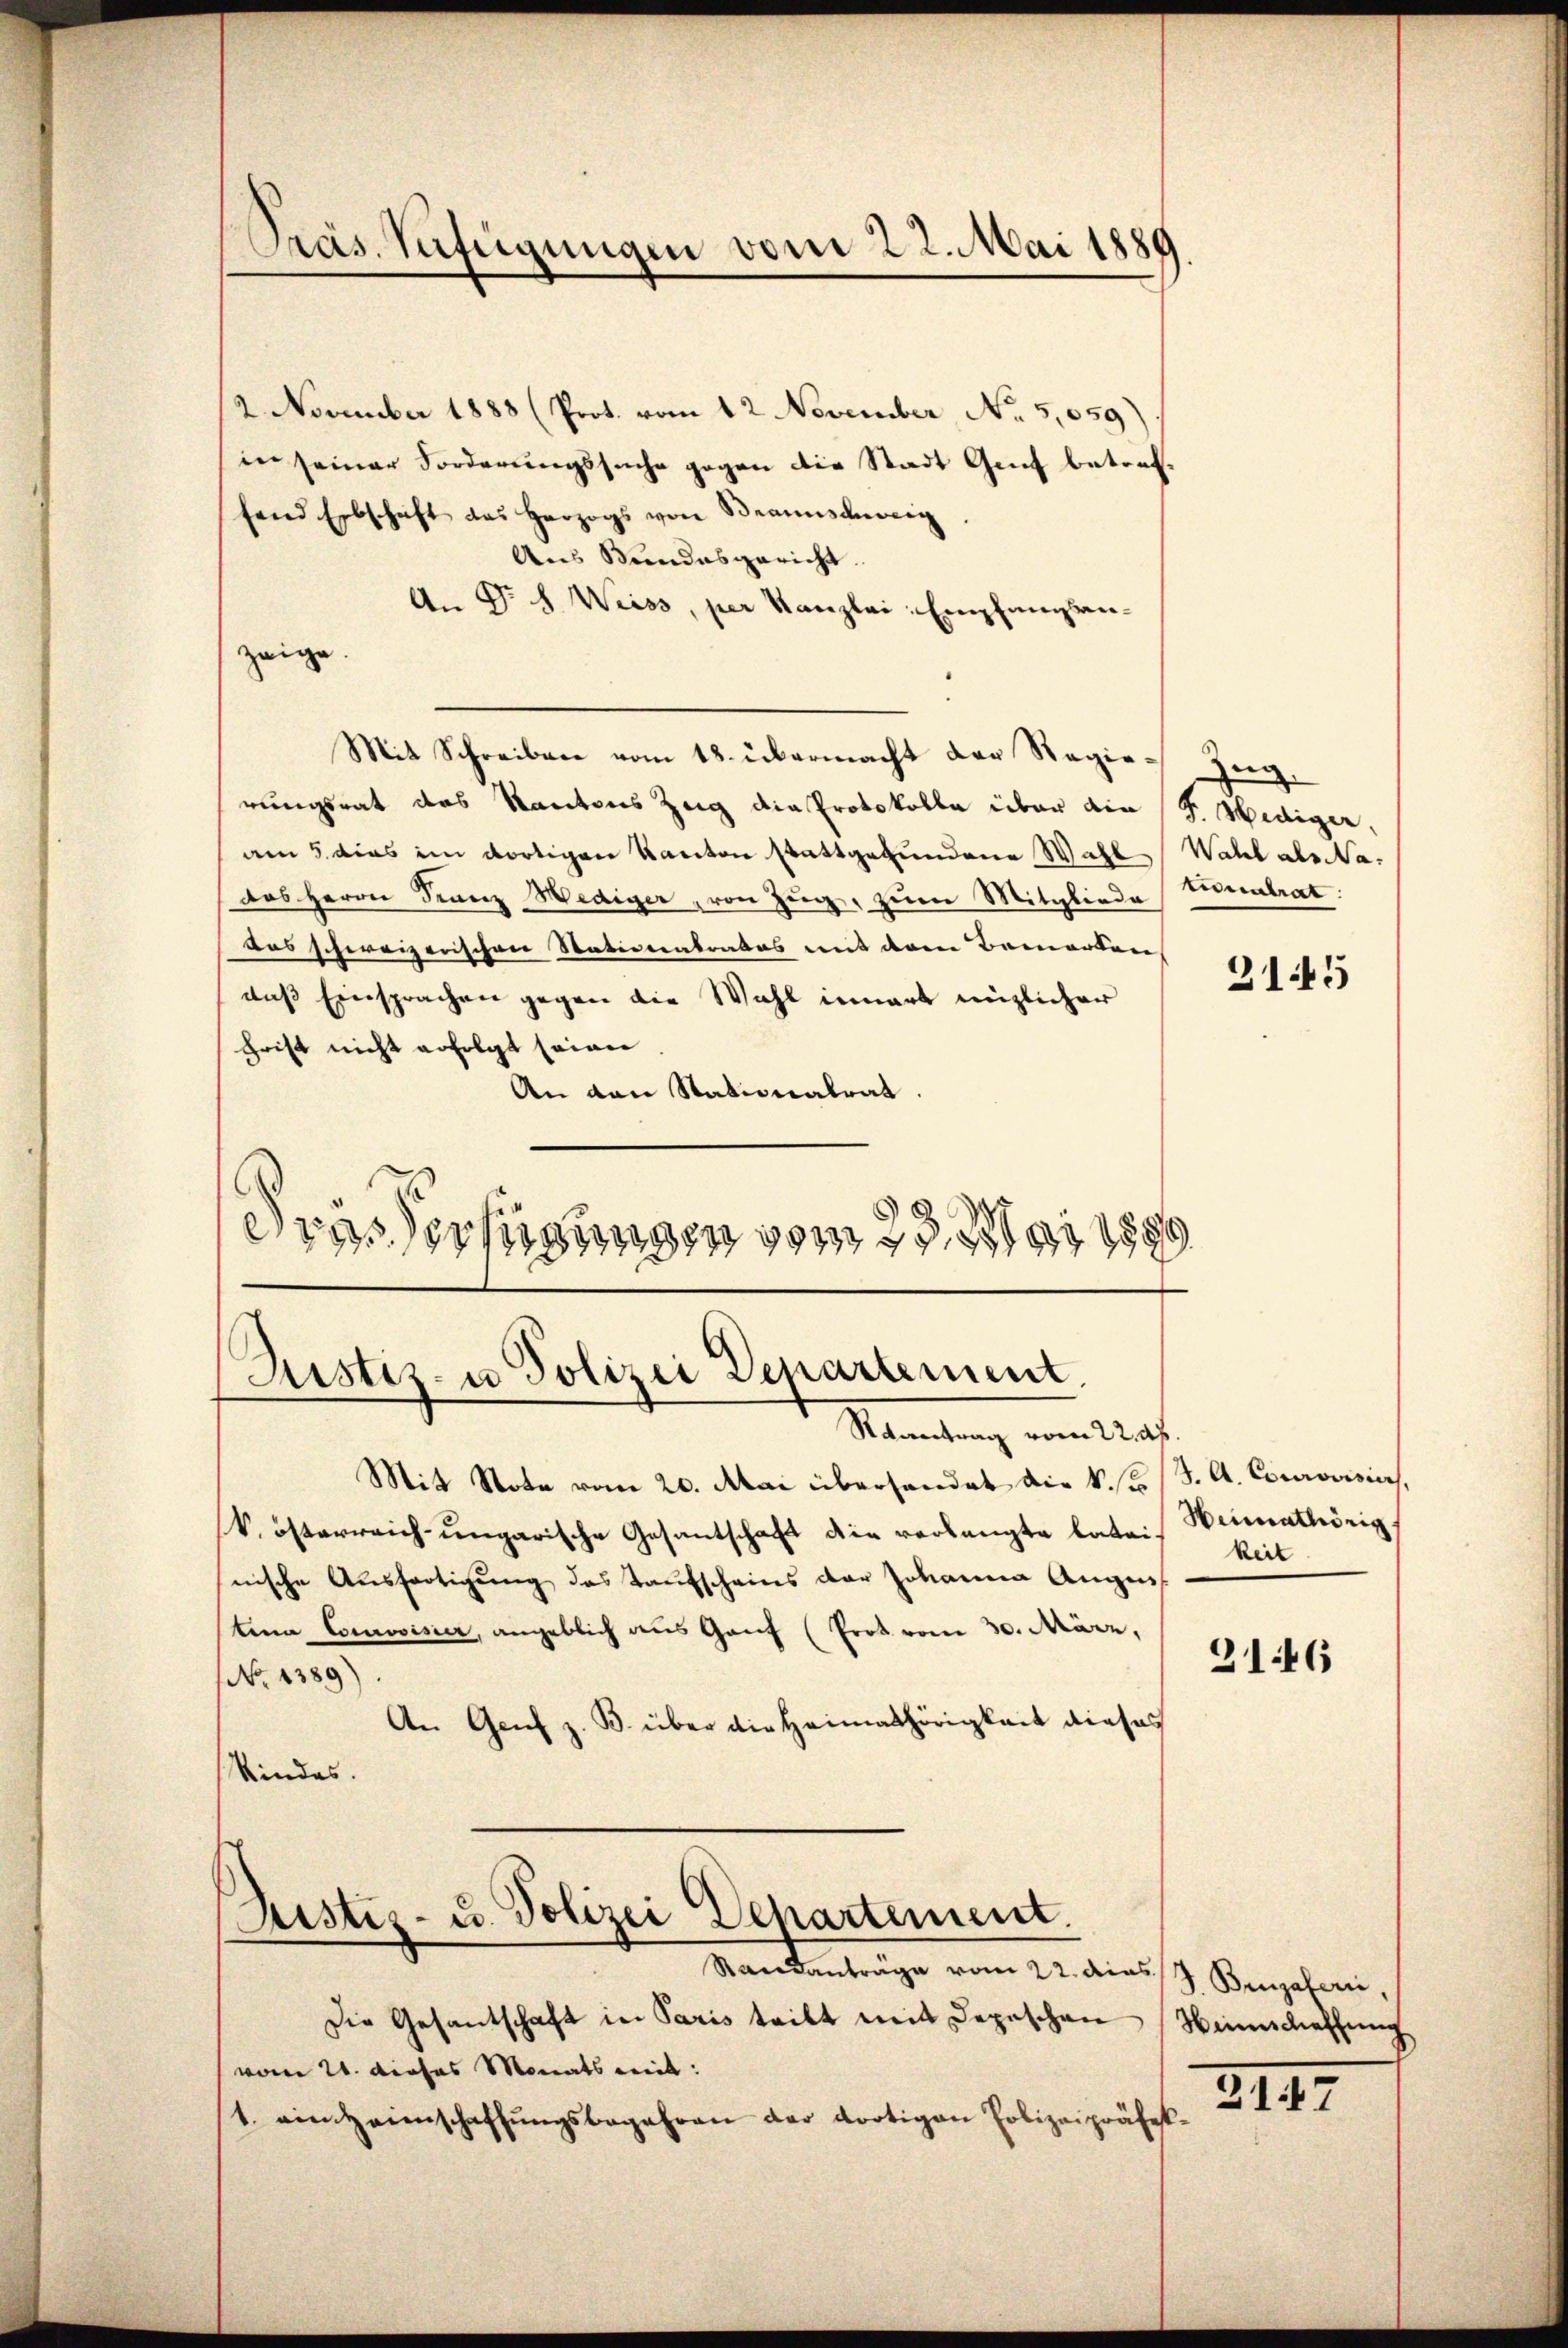
2 November 1883 (Prot. vom 12 November No 5,059)
in seiner Forderŭngssuche gegen die Stadt Genf betreffand Erbschaft des Herzogs von Braunschweig
Ans Bundesgericht.
An Dr H. Weiss, per Kanzlei- Empfangsanzeige
Mit Schreiben vom 18. übermacht der Regie-Ziegrungsrat das Kantons Zug die Protokolle über die F. Hediger,
am 5. dies im dortigen Kanton stattgefundene Wahl Wahl als Na
das Herrn Franz Hediger, von Zug, zum Mitgliede tonalrat.
das schweizerischen Nationenbrates mit deren Bemerken
daß Einsprachen gegen die Wahl innert miglicher
chrift nicht erfolgt seien
An von Stationalrat
drasserfügungen vom 23. Mai 1891

Präs. Verfügungen vom 22. Mai 1889

Justiz- u Polizei Departement.
Mantung ein Stat.

Justiz- u. Polizei Departement.

Mit Note vom 20. Mai überhandet die k. Jos. J. A. Courovisier,
k. österreich-ungarische Gesantschaft die verlangte latei- Weimathörig.
nische Aŭsfertigŭng des Kaufscheins der Johanne Augen
tina Comoisier, angeblich aus Ganf (Prot vom 30. März,
NNo. 1389).
An Genf z. B. über die Heimathörigkeit dieses
Kindes.

Kandentrage vom 22. dies 9. Senjahren,
Die Gesantschaft in Paris teilt mit Depeschen
vom 21. dieses Monats mit:
1. ein Heimschaffŭngsbegehren der dortigen Polizeipräfel

3145

keit

2146

Weinschaffung

2147